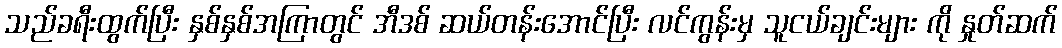
သည်ခရီးထွက်ပြီး နှစ်နှစ်အကြာတွင် အီဒစ် ဆယ်တန်းအောင်ပြီး လင်ကွန်းမှ သူငယ်ချင်းများ ကို နှုတ်ဆက်